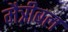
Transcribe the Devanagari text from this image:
मैत्रीबल